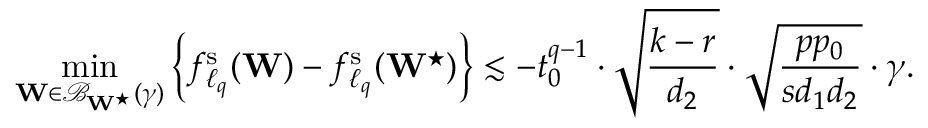
\operatorname* { m i n } _ { \mathbf { W } \in \mathcal { B } _ { \mathbf { W } ^ { \star } } ( \gamma ) } \left\{ f _ { \ell _ { q } } ^ { \mathrm { s } } ( \mathbf { W } ) - f _ { \ell _ { q } } ^ { \mathrm { s } } ( \mathbf { W } ^ { \star } ) \right\} \lesssim - { t _ { 0 } ^ { q - 1 } } \cdot \sqrt { \frac { k - r } { d _ { 2 } } } \cdot \sqrt { \frac { p p _ { 0 } } { s d _ { 1 } d _ { 2 } } } \cdot \gamma .